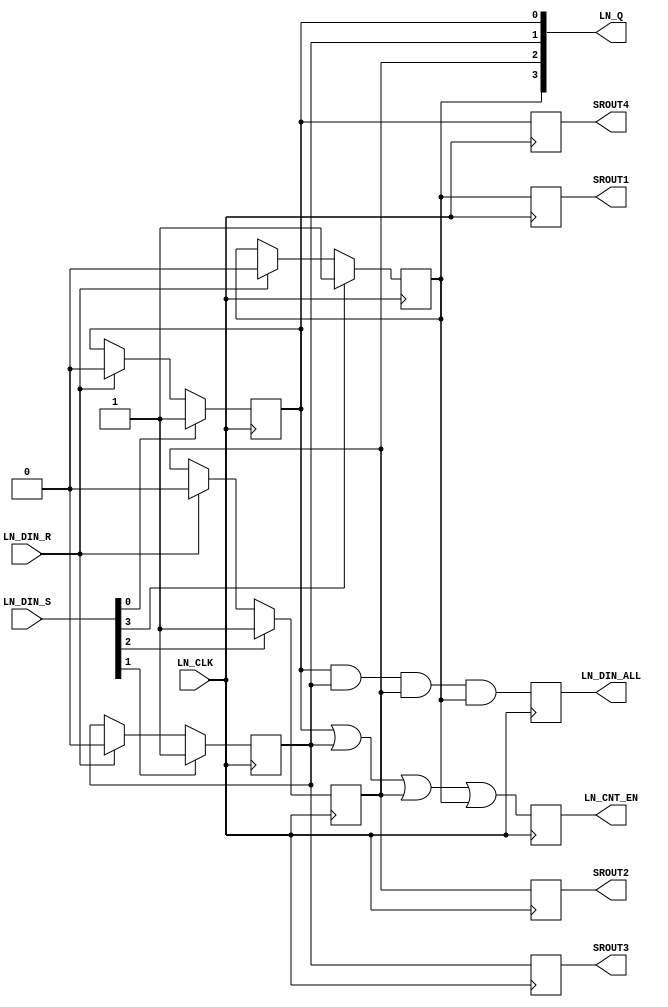
`timescale 1ns / 1ps
//////////////////////////////////////////////////////////////////////////////////
// Company: 
// Engineer: 
// 
// Design Name: 
// Module Name:    Latch_Network 
// Project Name: 
// Target Devices: 
// Tool versions: 
// Description: 
//
// Dependencies: 
//
// Revision: 
// Revision 0.01 - File Created
// Additional Comments: 
//
//////////////////////////////////////////////////////////////////////////////////

module Latch_Network(
    input LN_CLK,
	 input [3:0] LN_DIN_S,
//  input LN_DIN_SA,
//	 input LN_DIN_SB,
//	 input LN_DIN_SC,
//	 input LN_DIN_SD,
	 input LN_DIN_R,
	 output reg SROUT1,
	 output reg SROUT2,
	 output reg SROUT3,
	 output reg SROUT4,
	 output reg [3:0] LN_Q,
    output reg LN_CNT_EN,
    output reg LN_DIN_ALL
    );
	 
	initial
	begin
	 	LN_Q = 4'b0000;
		LN_CNT_EN = 1'b0;
      LN_DIN_ALL = 1'b0;
	end
	
	always @(posedge LN_CLK)
	begin
		if(LN_DIN_S[0] == 1)
		begin
			LN_Q[0] = 1;
		end
		else if(LN_DIN_R == 1)
		begin
			LN_Q[0] = 1'b0;
		end
		else if(LN_DIN_S[0] == 0 & LN_DIN_R == 0)
		begin
			LN_Q[0] = LN_Q[0];
		end
	end
	
	always @(posedge LN_CLK)
	begin
		if(LN_DIN_S[1] == 1)
		begin
			LN_Q[1] = 1;
		end
		else if(LN_DIN_R == 1)
		begin
			LN_Q[1] = 1'b0;
		end
		else if(LN_DIN_S[1] == 0 & LN_DIN_R == 0)
		begin
			LN_Q[1] = LN_Q[1];
		end
	end
	
	always @(posedge LN_CLK)
	begin
		if(LN_DIN_S[2] == 1)
		begin
			LN_Q[2] = 1;
		end
		else if(LN_DIN_R == 1)
		begin
			LN_Q[2] = 1'b0;
		end
		else if(LN_DIN_S[2] == 0 & LN_DIN_R == 0)
		begin
			LN_Q[2] = LN_Q[2];
		end
	end
	
	always @(posedge LN_CLK)
	begin
		if(LN_DIN_S[3] == 1)
		begin
			LN_Q[3] = 1;
		end
		else if(LN_DIN_R == 1)
		begin
			LN_Q[3] = 1'b0;
		end
		else if(LN_DIN_S[3] == 0 & LN_DIN_R == 0)
		begin
			LN_Q[3] = LN_Q[3];
		end
	end
	
	always @(posedge LN_CLK)
	begin
		{SROUT1,SROUT2,SROUT3,SROUT4} = LN_Q;
	end
	
	always @(posedge LN_CLK)
	begin
		LN_CNT_EN = LN_Q[0] | LN_Q[1] | LN_Q[2] | LN_Q[3];
		LN_DIN_ALL = LN_Q[0] & LN_Q[1] & LN_Q[2] & LN_Q[3];
	end
	
endmodule